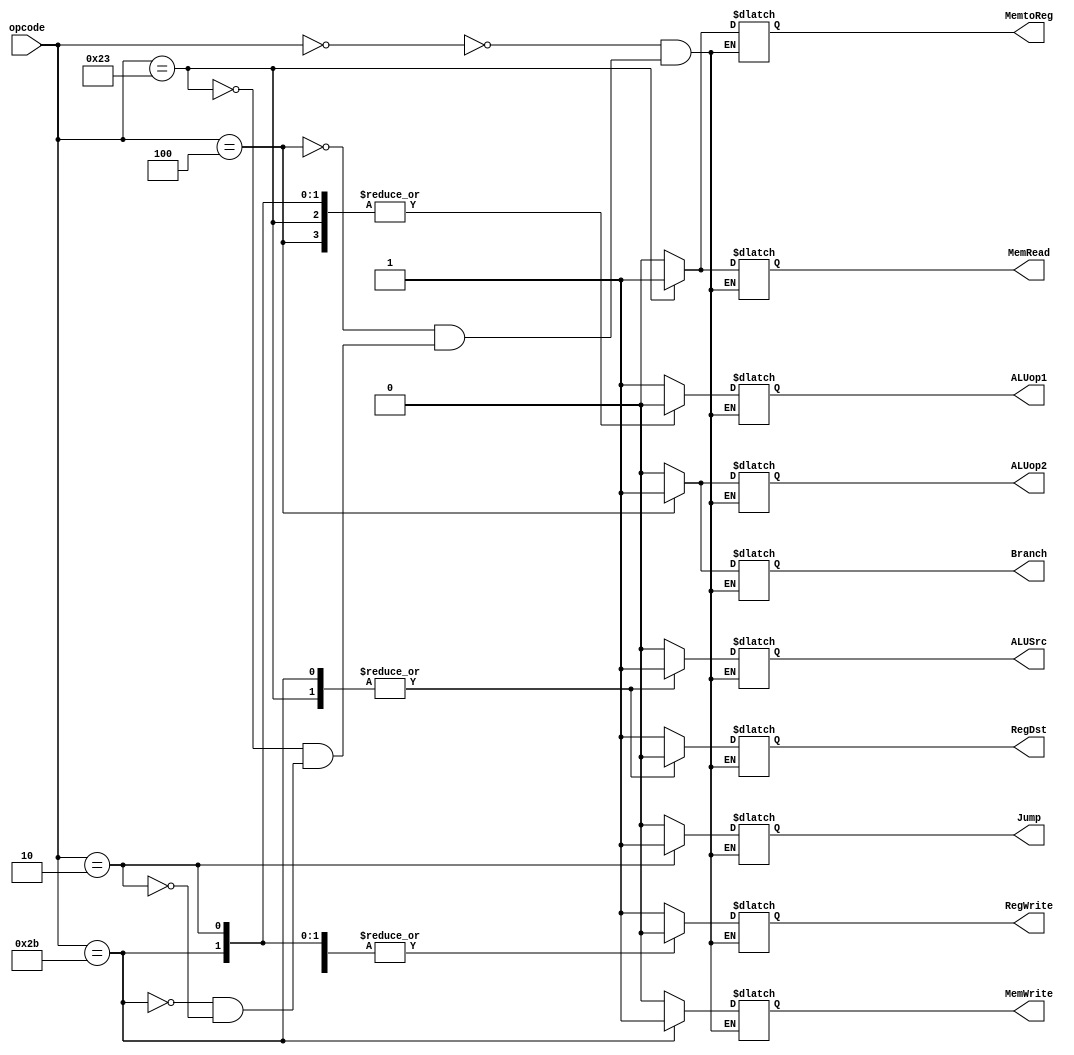
module Control_Main(
    input [5:0] opcode,
    output reg RegDst,
    output reg Jump,
    output reg Branch,
    output reg MemRead,
    output reg MemtoReg,
    output reg ALUop1,ALUop2,
    output reg MemWrite,
    output reg ALUSrc,
    output reg RegWrite
);

always @(*) begin
    case (opcode)
        // r type
        6'b000000: begin
            RegDst = 1;
            Jump = 0;
            Branch = 0;
            MemRead = 0;
            MemtoReg = 0;
            ALUop1 = 1'b1;
            ALUop2=1'b0;
            MemWrite = 0;
            ALUSrc = 0;
            RegWrite = 1;
        end
        // beq
        6'b000100: begin
            RegDst = 1'bx;
            Jump = 0;
            Branch = 1;
            MemRead = 0;
            MemtoReg = 1'bx;
            ALUop1 = 1'b0;
            ALUop2=1'b1;
            MemWrite = 0;
            ALUSrc = 0;
            RegWrite = 0;
        end
        // lw
        6'b100011: begin
            RegDst = 0;
            Jump = 0;
            Branch = 0;
            MemRead = 1;
            MemtoReg = 1;
             ALUop1 = 1'b0;
            ALUop2=1'b0;
            MemWrite = 0;
            ALUSrc = 1;
            RegWrite = 1;
        end
        // sw
        6'b101011: begin
            RegDst = 0;
            Jump = 0;
            Branch = 0;
            MemRead = 0;
            MemtoReg = 1'bx;
             ALUop1 = 1'b0;
            ALUop2=1'b0;
            MemWrite = 1;
            ALUSrc = 1;
            RegWrite = 0;
        end
        // jump
        6'b000010: begin
            RegDst = 1'bx;
            Jump = 1;
            Branch = 0;
            MemRead = 0;
            MemtoReg = 1'bx;
             ALUop1 = 1'b0;
            ALUop2=1'b0;
            MemWrite = 0;
            ALUSrc = 0;
            RegWrite = 0;
        end
    endcase
end

endmodule